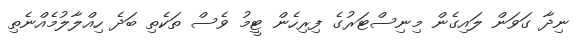
ނިދާ ގަވަން ލައިގެން މިނިސްޓަރުގެ ފިރިހެން ޓީމު ވެސް ތަކެތި ބަދެ ހިއްލާލުމެއްނެތި